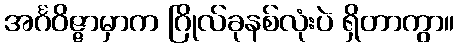
အင်္ဂဝိဇ္ဇာမှာက ဂြိုလ်ခုနစ်လုံးပဲ ရှိတာကွာ။